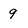
Character: 9